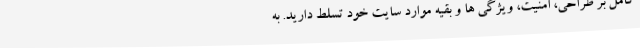
کامل بر طراحی، امنیت، ویژگی ها و بقیه موارد سایت خود تسلط دارید. به